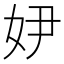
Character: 𡛂